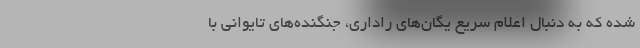
شده که به دنبال اعلام سریع یگان‌های راداری، جنگنده‌های تایوانی با